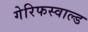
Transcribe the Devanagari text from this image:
गेरिफस्वाल्ड